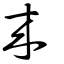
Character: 來